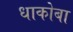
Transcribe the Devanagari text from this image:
धाकोबा